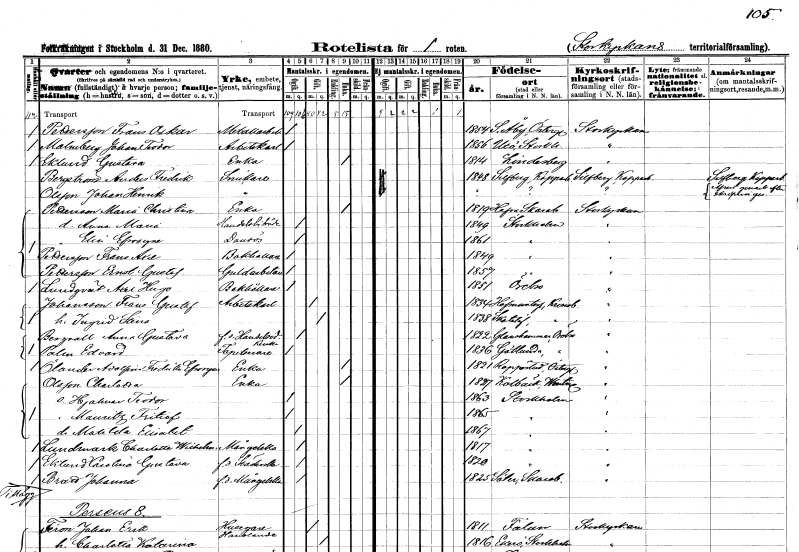
gt_parse: households: individuals: FN: Frans Oskar
EN: Pettersson
YRKE: Metallarbetare
KON: M
CIV: O
FODAR: 1854
FODFORS: Stora Åby Östergötlands län
FN: Johan Teodor
EN: Malmberg
YRKE: Arbetskarl
KON: M
CIV: O
FODAR: 1856
FODFORS: Utö Stockholms län
FN: Gustava
EN: Eklund
YRKE: Änka
KON: K
CIV: E
FODAR: 1814
FODFORS: Lindesberg Örebro län
FN: Anders Fredrik
EN: Bergström
YRKE: Snickare
KON: M
CIV: O
FODAR: 1848
FODFORS: Silvberg Kopparbergs län
FN: Johan Henrik
EN: Olsson
YRKE: Snickare
KON: M
CIV: O
FODAR: ????
FN: Maria Christian
EN: Pettersson
YRKE: Änka
KON: K
CIV: E
FODAR: 1819
FODFORS: Hova Skaraborgs län
FN: Anna Maria
YRKE: Handelsbiträde
KON: K
CIV: O
FODAR: 1849
FODFORS: Stockholm
FN: Elin Efrosyne
YRKE: Dansös
KON: K
CIV: O
FODAR: 1861
FODFORS: Stockholm
FN: Frans Axel
EN: Pettersson
YRKE: Bokhållare
KON: M
CIV: O
FODAR: 1849
FODFORS: Stockholm
FN: Ernst Gustaf
EN: Pettersson
YRKE: Guldarbetare
KON: M
CIV: O
FODAR: 1857
FODFORS: Stockholm
FN: Axel Hugo
EN: Lundqvist
YRKE: Bokhållare
KON: M
CIV: O
FODAR: 1851
FODFORS: Örebro Örebro län
FN: Frans Gustaf
EN: Johansson
YRKE: Arbetskarl
KON: M
CIV: G
FODAR: 1834
FODFORS: Hovmantorp Kronobergs län
FN: Ingrid Stina
KON: K
CIV: G
FODAR: 1838
FODFORS: Skatelöv Kronobergs län
FN: Anna Gustava
EN: Bergvall
YRKE: Handelsidkerska f.d.
KON: K
CIV: O
FODAR: 1822
FODFORS: Glanshammar Örebro län
FN: Edvard
EN: Palm
YRKE: Tapetserare
KON: M
CIV: O
FODAR: 1836
FODFORS: Götlunda Västmanlands län
FN: Adolfina Fredrika Efrosyne
EN: Ölander
YRKE: Änka
KON: K
CIV: E
FODAR: 1821
FODFORS: Rappestad Östergötlands län
FN: Charlotta
EN: Olsson
YRKE: Änka
KON: K
CIV: E
FODAR: 1827
FODFORS: Kolbäck Västmanlands län
FN: Hjalmar Teodor
KON: M
CIV: O
FODAR: 1863
FODFORS: Stockholm
FN: Mauritz Fritiof
KON: M
CIV: O
FODAR: 1865
FODFORS: Stockholm
FN: Matilda Elisabet
KON: K
CIV: O
FODAR: 1867
FODFORS: Stockholm
FN: Charlotta Wilhelmina
EN: Lundmark
YRKE: Månglerska
KON: K
CIV: O
FODAR: 1817
FODFORS: Stockholm
FN: Carolina Gustava
EN: Eklund
YRKE: Städerska f.d.
KON: K
CIV: O
FODAR: 1820
FODFORS: Stockholm
FN: Johanna
EN: Bratt
YRKE: Månglare f.d.
KON: K
CIV: O
FODAR: 1825
FODFORS: Säter Skaraborgs län